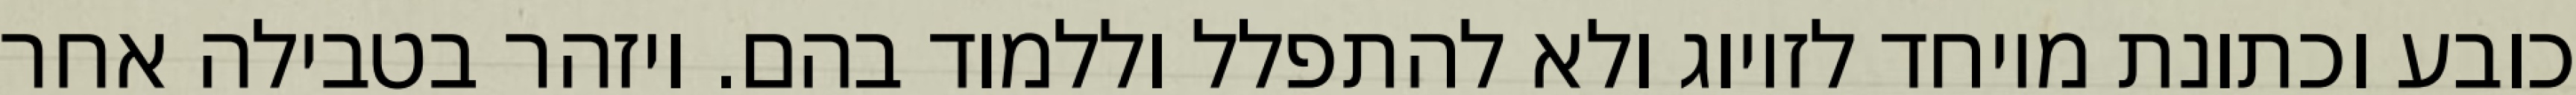
כובע וכתונת מיוחד לזיווג ולא להתפלל וללמוד בהם. ויזהר בטבילה אחר